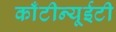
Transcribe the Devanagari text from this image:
काँटीन्यूईटी